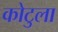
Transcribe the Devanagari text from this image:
कोटुला